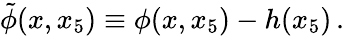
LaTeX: \tilde{\phi}(x,x_{5})\equiv\phi(x,x_{5})-h(x_{5})\, .